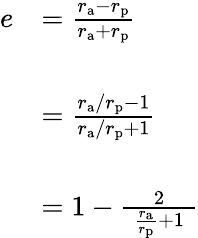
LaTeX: {\begin{array}{rl}{e}&{={\frac{r_{\mathrm{a}}-r_{\mathrm{p}}}{r_{\mathrm{a}}+r_{\mathrm{p}}}}}\\ {\, }\\ &{={\frac{r_{\mathrm{a}}/r_{\mathrm{p}}-1}{r_{\mathrm{a}}/r_{\mathrm{p}}+1}}}\\ {\, }\\ &{=1-{\frac{2}{\; {\frac{r_{\mathrm{a}}}{r_{\mathrm{p}}}}+1\; }}}\end{array}}